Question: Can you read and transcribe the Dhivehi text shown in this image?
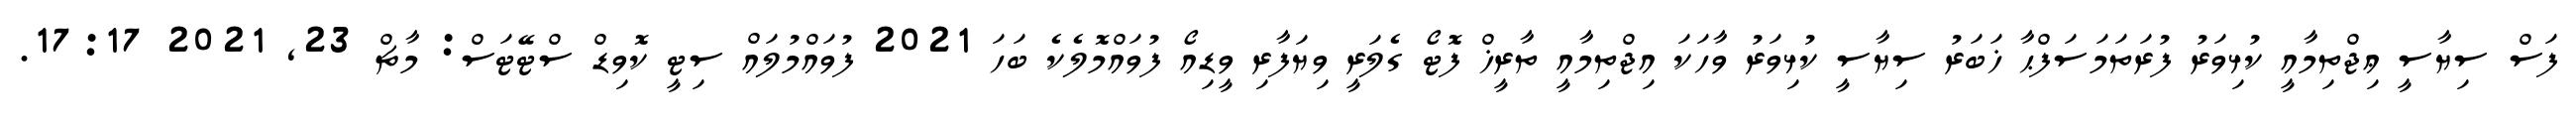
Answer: ފަސް ސިޔާސީ ޢިޖްތިމާއީ ކުޅިވަރު ފުރަތަމަސަފްޙާ ޚަބަރު ސިޔާސީ ކުޅިވަރު ވާހަކަ އިޖްތިމާއީ ތާރީޚް ފޮޓޯ ގެލަރީ ވިޔަފާރި ވީޑިއޯ ފުވައްމޮލެކެ ބަހަ 2021 ފުވައްމުލައް ސިޓީ ކޮވިޑް ސްޓޭޓަސް: މާޗް 23, 2021 17:17.